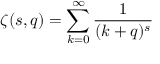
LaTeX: \zeta ( s , q ) = \sum _ { k = 0 } ^ { \infty } { \frac { 1 } { ( k + q ) ^ { s } } }